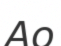
Ао